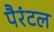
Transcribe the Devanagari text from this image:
पैरंटल